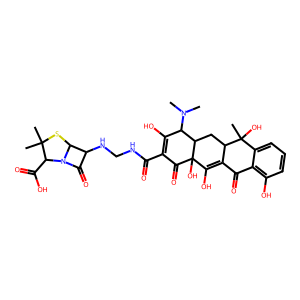
SMILES: CN(C)C1C(O)=C(C(=O)NCNC2C(=O)N3C2SC(C)(C)C3C(=O)O)C(=O)C2(O)C(O)=C3C(=O)c4c(O)cccc4C(C)(O)C3CC12
Inhibits HIV replication: No